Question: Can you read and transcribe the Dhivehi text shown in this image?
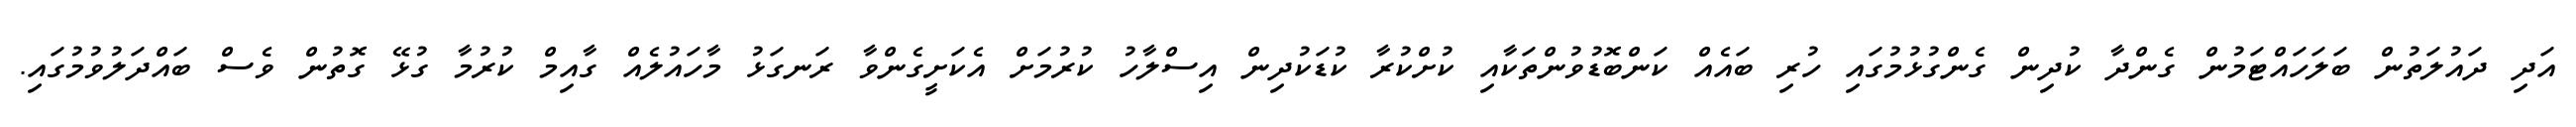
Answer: އަދި ދައުލަތުން ބަލަހައްޓަމުން ގެންދާ ކުދިން ގެންގުޅުމުގައި ހުރި ބައެއް ކަންބޮޑުވުންތަކާއި ކުށްކުރާ ކުޑަކުދިން އިސްލާހު ކުރުމަށް އެކަށީގެންވާ ރަނގަޅު މާހައުލެއް ގާއިމް ކުރުމާ ގުޅޭ ގޮތުން ވެސް ބައްދަލުވުމުގައި.